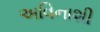
અવિનાશી